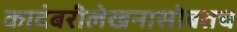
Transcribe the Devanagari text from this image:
कादंबरीलेखनासोबतच